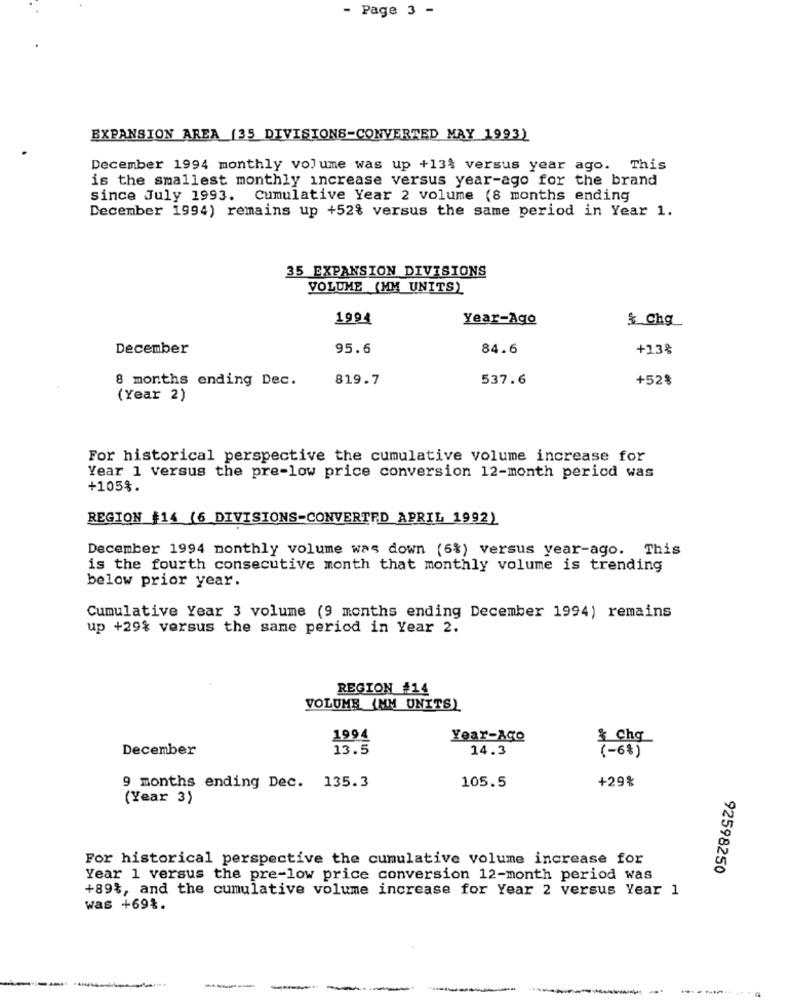
- Page 3 -
EXPANSION AREA (35 DIVISIONE-CONVERTED MAY 1993)
December 1994 monthly volume was up +13% versus year ago. This
is the smallest monthly increase versus year-ago for the brand
since July 1993. Cumulative Year 2 volume (8 months ending
December 1994) remains up +52% versus the same period in Year 1.
35 EXPANSION DIVISIONS
VOLUME (MM UNITS)
1994
Year-Ago
& Chg
December
95.6
84.6
+13%
8 months ending Dec.
819.7
537.6
+528
(Year 2)
For historical perspective the cumulative volume increase for
Year 1 versus the pre-low price conversion 12-month period was
+105%.
REGION #14 (6 DIVISIONS-CONVERTED APRIL 1992)
December 1994 monthly volume was down (6%) versus year-ago. This
is the fourth consecutive month that monthly volume is trending
below prior year.
Cumulative Year 3 volume (9 months ending December 1994) remains
up +29% versus the same period in Year 2.
REGION #14
VOLUME (MM UNITS)
1994
Year-Ago
& Chq
December
13.5
14.3
(-68)
105.5
+29%
9 months ending Dec. 135.3
(Year 3)
For historical perspective the cumulative volume increase for
92598250
Year 1 versus the pre-low price conversion 12-month period was
+89%, and the cumulative volume increase for Year 2 versus Year 1
was +69%.
---